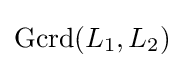
\operatorname {Gcrd} (L_{1},L_{2})